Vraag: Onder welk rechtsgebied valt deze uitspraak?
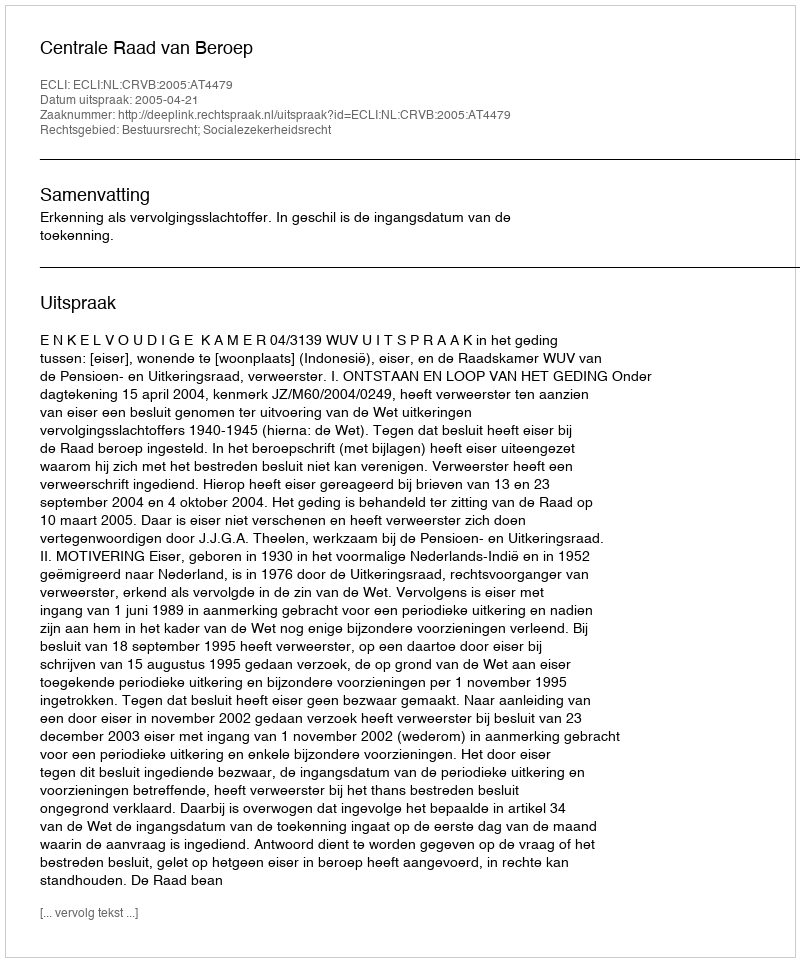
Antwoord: Bestuursrecht; Socialezekerheidsrecht